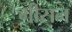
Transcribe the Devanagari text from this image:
गीसन